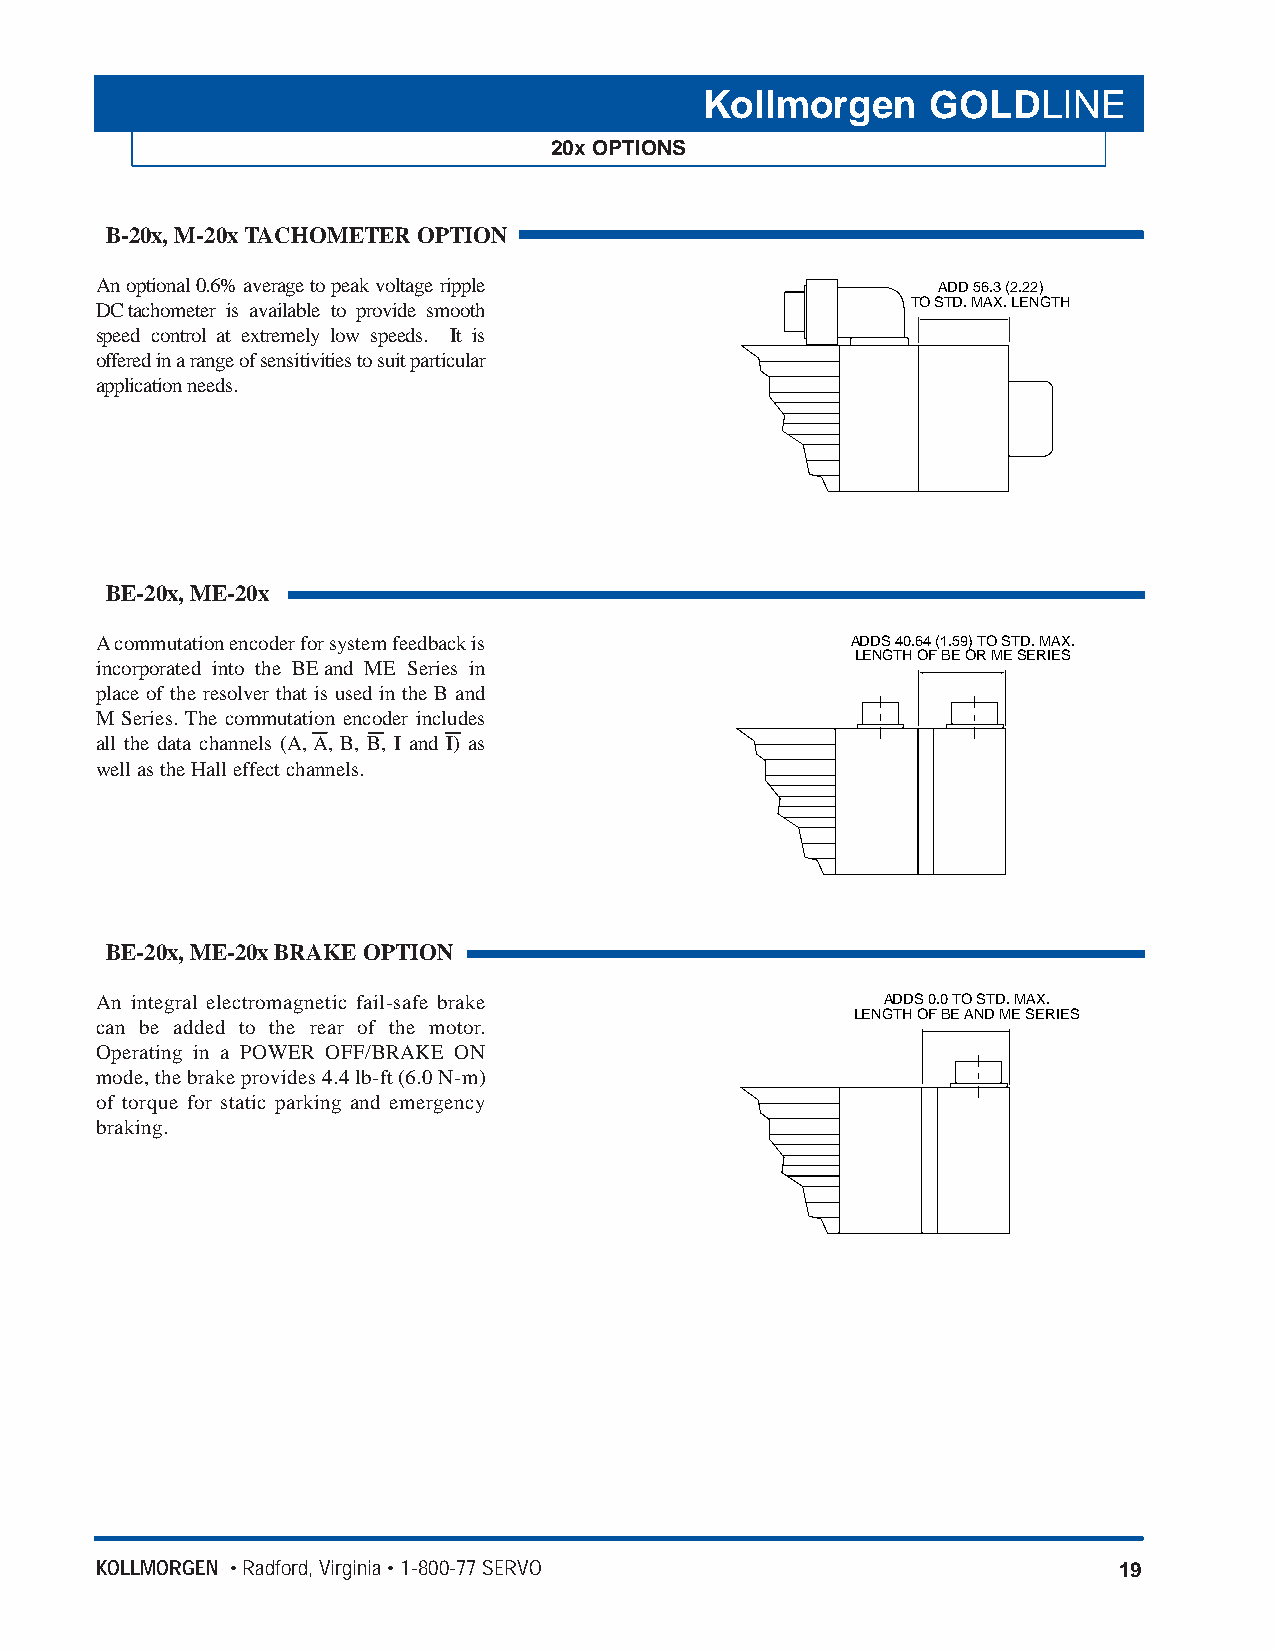
Kollmorgen     GOLDLINE
 20x OPTIONS
 B-20x, M-20x TACHOMETER OPTION
 An optional 0.6% average to peak voltage ripple         ADD 56.3 (2.22)
 DCtachometer is available to provide smooth           TO STD. MAX. LENGTH
 speed control at extremely low speeds. It is
 offered in a range of sensitivities to suit particular
 application needs.
 BE-20x, ME-20x
 Acommutation encoder for system feedback is       ADDS 40.64 (1.59) TO STD. MAX.
 LENGTH OF BE OR ME SERIES
 incorporated into the BEand ME Series in
 place of the resolver that is used in the B and
 M Series. The commutation encoder includes
 all the data channels (A, A, B, B, I and I) as
 well as the Hall effect channels.
 BE-20x, ME-20xBRAKE OPTION
 An integral electromagnetic fail-safe brake          ADDS 0.0 TO STD. MAX.
 LENGTH OF BE AND ME SERIES
 can be added to the rear of the motor.
 Operating in a POWER OFF/BRAKE ON
 mode, the brake provides 4.4 lb-ft (6.0 N-m)
 of torque for static parking and emergency
 braking.
 KOLLMORGEN • Radford, Virginia • 1-800-77 SERVO                     19